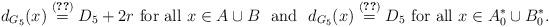
LaTeX: \begin{align*} d_{G_5}(x)\stackrel{(\ref{degrees4zz})}{=} D_5+2r \mbox{ for all } x \in A \cup B \ \ \mbox{and} \ \ d_{G_5}(x)\stackrel{(\ref{degrees4zz})}{=}D_5 \mbox{ for all } x \in A^*_0\cup B^*_0.\end{align*}